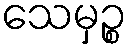
သေမှဉ္စ